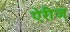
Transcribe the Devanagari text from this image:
ऐरीज